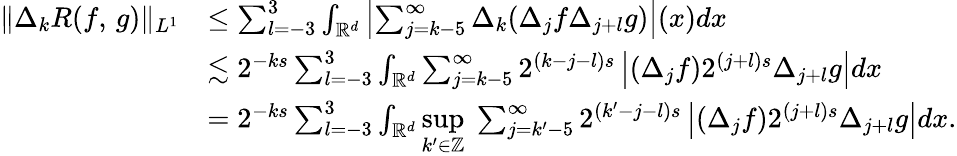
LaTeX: \begin{array}{rl}{\| \Delta_{k}R(f,\, g)\| _{L^{1}}}&{\leq\sum_{l=-3}^{3}\int_{\mathbb{R}^{d}}\left|\sum_{j=k-5}^{\infty}\Delta_{k}(\Delta_{j}f\Delta_{j+l}g)\right|(x)dx}\\ &{\lesssim 2^{-ks}\sum_{l=-3}^{3}\int_{\mathbb{R}^{d}}\sum_{j=k-5}^{\infty}2^{(k-j-l)s}\left|(\Delta_{j}f)2^{(j+l)s}\Delta_{j+l}g\right|dx}\\ &{=2^{-ks}\sum_{l=-3}^{3}\int_{\mathbb{R}^{d}}\underset{k^{\prime}\in\mathbb{Z}}{\operatorname*{sup}}\; \sum_{j=k^{\prime}-5}^{\infty}2^{(k^{\prime}-j-l)s}\left|(\Delta_{j}f)2^{(j+l)s}\Delta_{j+l}g\right|dx.}\end{array}